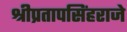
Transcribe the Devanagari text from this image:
श्रीप्रतापसिंहराजे